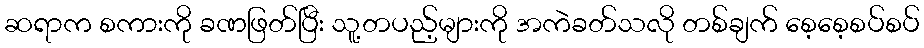
ဆရာက စကားကို ခဏဖြတ်ပြီး သူ့တပည့်များကို အကဲခတ်သလို တစ်ချက် စေ့စေ့စပ်စပ်